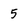
Character: 5